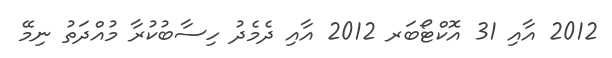
2012 އާއި 31 އޮކްޓޯބަރ 2012 އާއި ދެމެދު ހިސާބުކުރާ މުއްދަތު ނިމޭ